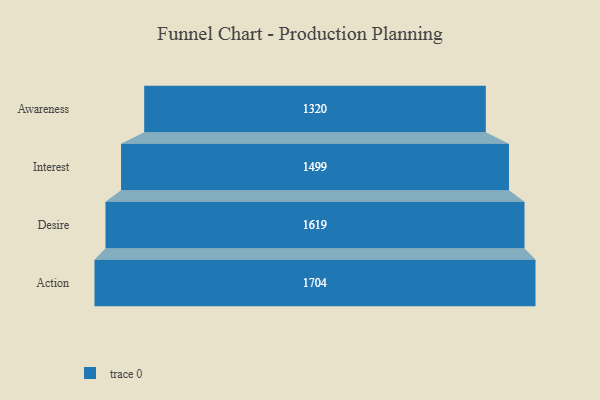
{"axis": {"x": "Stage", "y": "Value"}, "legend": [""], "data": [{"x": "Awareness", "y": 1320.0, "type": ""}, {"x": "Interest", "y": 1499.0, "type": ""}, {"x": "Desire", "y": 1619.0, "type": ""}, {"x": "Action", "y": 1704.0, "type": ""}]}